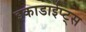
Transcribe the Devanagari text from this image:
इकाडाईप्ट्स